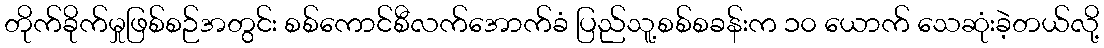
တိုက်ခိုက်မှုဖြစ်စဉ်အတွင်း စစ်ကောင်စီလက်အောက်ခံ ပြည်သူ့စစ်စခန်းက ၁၀ ယောက် သေဆုံးခဲ့တယ်လို့